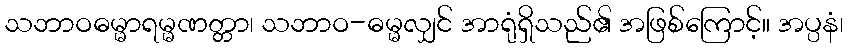
သဘာဝဓမ္မာရမ္မဏတ္တာ၊ သဘာဝ-ဓမ္မလျှင် အာရုံရှိသည်၏ အဖြစ်ကြောင့်။ အပ္ပနံ၊